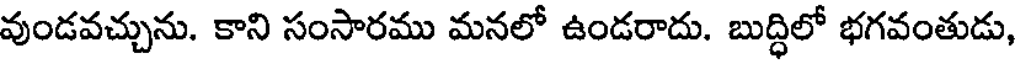
వుండవచ్చును. కాని సంసారము మనలో ఉండరాదు. బుద్ధిలో భగవంతుడు,